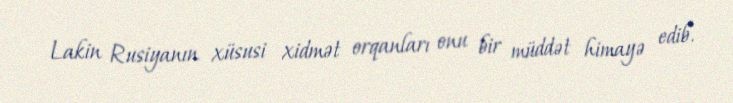
Lakin Rusiyanın xüsusi xidmət orqanları onu bir müddət himayə edib.